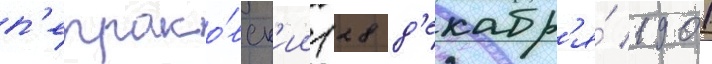
п'етрако́вск'ии (28 д'екабр'я́ 1901